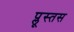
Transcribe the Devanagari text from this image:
प्लूस्तस